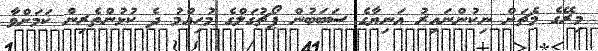
މިރޭގެ މެޗަށް ނިކުންނައިރު އަނިޔާގެ ސަބަބުން ޕޯޗުގަލްގެ މުހިއްމު ދެ ކުޅުންތެރިން ކަމަށްވާ